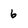
Character: 6